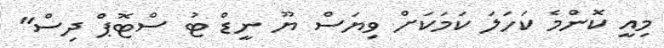
މިއީ ކޮންމެ ކަހަލަ ކަމަކަށް ވިޔަސް ޔޫ ނީޑް ޓު ސްޓޮޕް ދިސް"